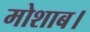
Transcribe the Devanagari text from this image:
मोशाब।